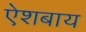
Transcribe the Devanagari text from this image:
ऐशबाय